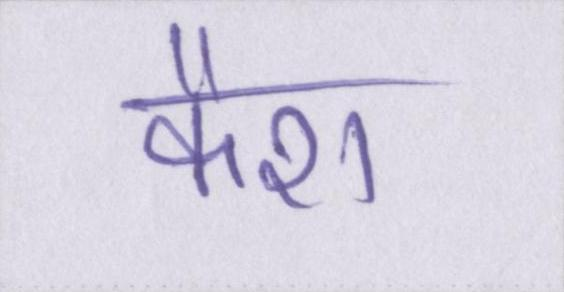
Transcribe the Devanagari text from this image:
कैश